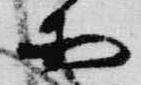
等